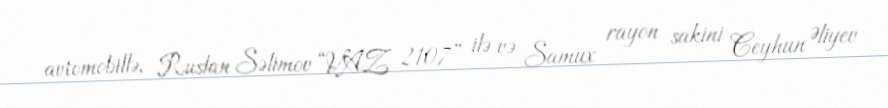
avtomobillə, Ruslan Səlimov “VAZ 2107” ilə və Samux rayon sakini Ceyhun Əliyev